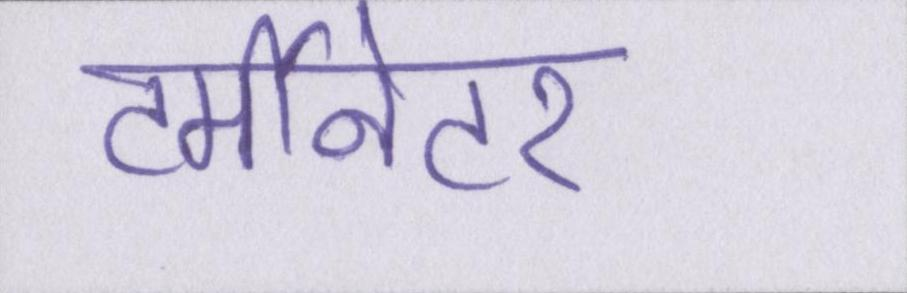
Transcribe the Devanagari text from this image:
टर्मीनेटर